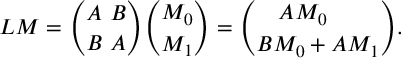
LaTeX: L M = { \binom { A \ B } { B \ A } } { \binom { M _ { 0 } } { M _ { 1 } } } = { \binom { A M _ { 0 } \ \quad } { B M _ { 0 } + A M _ { 1 } } } .